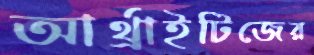
আর্থ্রাইটিজের